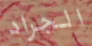
الجراد